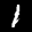
Label: 1